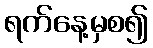
ရက်နေ့မှစ၍